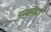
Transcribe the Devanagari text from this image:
ग्रन्थसंग्रह